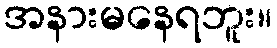
အနားမနေရဘူး။